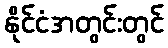
နိုင်ငံအတွင်းတွင်